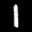
Label: 1